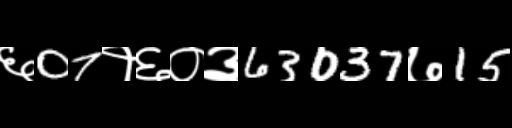
Text: ६07१६०३63037७15